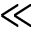
\ll